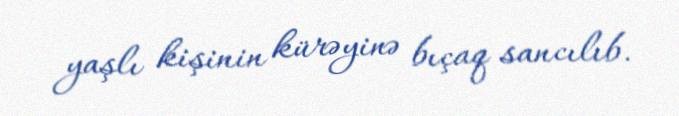
yaşlı kişinin kürəyinə bıçaq sancılıb.